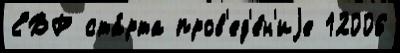
ЕВР ста́рта пров'ед'е́н'иjе 12006